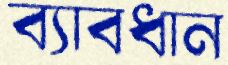
ব্যাবধান